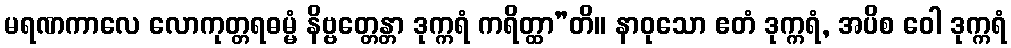
မရဏကာလေ လောကုတ္တရဓမ္မံ နိဗ္ဗတ္တေန္တာ ဒုက္ကရံ ကရိတ္ထာ”တိ။ နာဝုသော ဧတံ ဒုက္ကရံ, အပိစ ဝေါ ဒုက္ကရံ